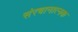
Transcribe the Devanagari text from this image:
संरचानात्नक